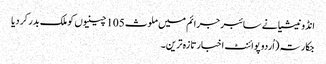
انڈونیشیا نے سائبر جرائم میں ملوث 105 چینیوں کو ملک بدر کر دیا
جکارتہ (اُردو پوائنٹ اخبارتازہ ترین۔